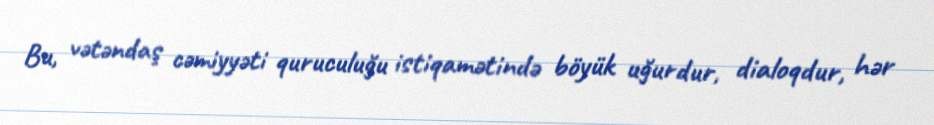
Bu, vətəndaş cəmiyyəti quruculuğu istiqamətində böyük uğurdur, dialoqdur, hər